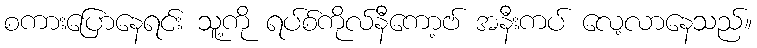
စကားပြောနေရင်း သူ့ကို ရပ်စ်ကိုလ်နီကော့ဗ် အနီးကပ် လေ့လာနေသည်။